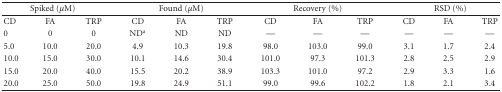
<table><thead><tr><td colspan="3"><b>Spiked (<i>μ</i>M)</b></td><td colspan="3"><b>Found (<i>μ</i>M)</b></td><td colspan="3"><b>Recovery (%)</b></td><td colspan="3"><b>RSD (%)</b></td></tr></thead><tbody><tr><td> CD</td><td>FA</td><td>TRP</td><td> CD</td><td>FA</td><td>TRP</td><td>CD</td><td>FA</td><td>TRP</td><td>CD</td><td>FA</td><td>TRP</td></tr><tr><td>0</td><td>0</td><td>0</td><td>ND<sup>a</sup></td><td>ND</td><td>ND</td><td>—</td><td>—</td><td>—</td><td>—</td><td>—</td><td>—</td></tr><tr><td>5.0</td><td>10.0</td><td>20.0</td><td>4.9</td><td>10.3</td><td>19.8</td><td>98.0</td><td>103.0</td><td>99.0</td><td>3.1</td><td>1.7</td><td>2.4</td></tr><tr><td>10.0</td><td>15.0</td><td>30.0</td><td>10.1</td><td>14.6</td><td>30.4</td><td>101.0</td><td>97.3</td><td>101.3</td><td>2.8</td><td>2.5</td><td>2.9</td></tr><tr><td>15.0</td><td>20.0</td><td>40.0</td><td>15.5</td><td>20.2</td><td>38.9</td><td>103.3</td><td>101.0</td><td>97.2</td><td>2.9</td><td>3.3</td><td>1.6</td></tr><tr><td>20.0</td><td>25.0</td><td>50.0</td><td>19.8</td><td>24.9</td><td>51.1</td><td>99.0</td><td>99.6</td><td>102.2</td><td>1.8</td><td>2.1</td><td>3.4</td></tr></tbody></table>